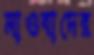
মাওবাদের